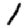
Digit: 1